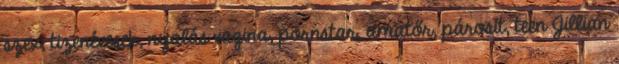
szex, tizenévesek, nyalás vagina, pornstar, amatőr, párosít, teen Jillian